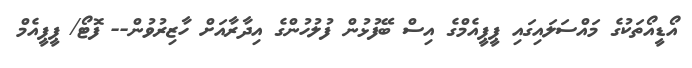
އޯޑީއޯތަކުގެ މައްސަލައިގައި ޕީޕީއެމްގެ އިސް ބޭފުޅުން ފުލުހުންގެ އިދާރާއަށް ހާޒިރުވުން-- ފޮޓޯ/ ޕީޕީއެމް